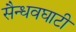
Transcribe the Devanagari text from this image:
सैन्धवघाटी